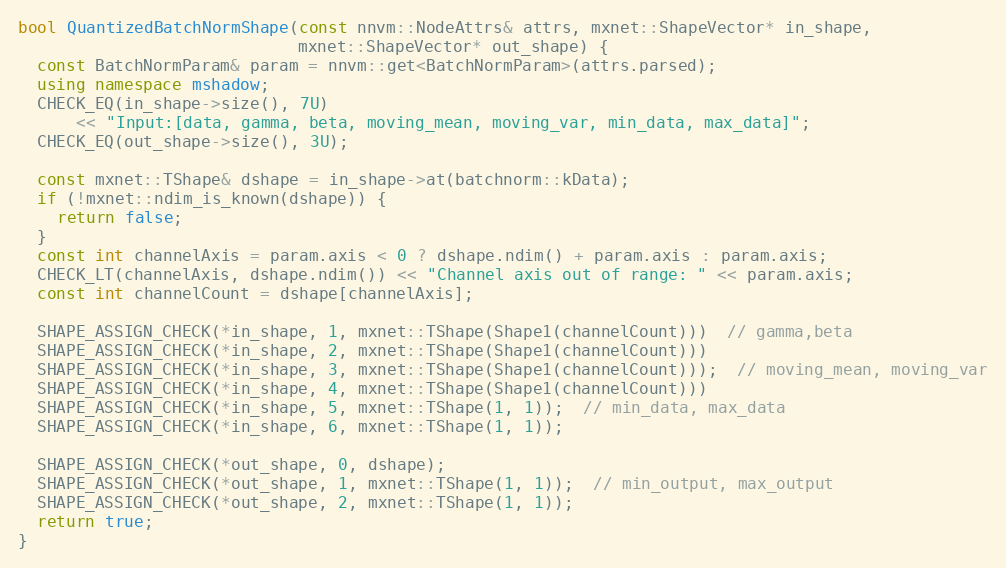
Language: C++
bool QuantizedBatchNormShape(const nnvm::NodeAttrs& attrs, mxnet::ShapeVector* in_shape,
                             mxnet::ShapeVector* out_shape) {
  const BatchNormParam& param = nnvm::get<BatchNormParam>(attrs.parsed);
  using namespace mshadow;
  CHECK_EQ(in_shape->size(), 7U)
      << "Input:[data, gamma, beta, moving_mean, moving_var, min_data, max_data]";
  CHECK_EQ(out_shape->size(), 3U);

  const mxnet::TShape& dshape = in_shape->at(batchnorm::kData);
  if (!mxnet::ndim_is_known(dshape)) {
    return false;
  }
  const int channelAxis = param.axis < 0 ? dshape.ndim() + param.axis : param.axis;
  CHECK_LT(channelAxis, dshape.ndim()) << "Channel axis out of range: " << param.axis;
  const int channelCount = dshape[channelAxis];

  SHAPE_ASSIGN_CHECK(*in_shape, 1, mxnet::TShape(Shape1(channelCount)))  // gamma,beta
  SHAPE_ASSIGN_CHECK(*in_shape, 2, mxnet::TShape(Shape1(channelCount)))
  SHAPE_ASSIGN_CHECK(*in_shape, 3, mxnet::TShape(Shape1(channelCount)));  // moving_mean, moving_var
  SHAPE_ASSIGN_CHECK(*in_shape, 4, mxnet::TShape(Shape1(channelCount)))
  SHAPE_ASSIGN_CHECK(*in_shape, 5, mxnet::TShape(1, 1));  // min_data, max_data
  SHAPE_ASSIGN_CHECK(*in_shape, 6, mxnet::TShape(1, 1));

  SHAPE_ASSIGN_CHECK(*out_shape, 0, dshape);
  SHAPE_ASSIGN_CHECK(*out_shape, 1, mxnet::TShape(1, 1));  // min_output, max_output
  SHAPE_ASSIGN_CHECK(*out_shape, 2, mxnet::TShape(1, 1));
  return true;
}